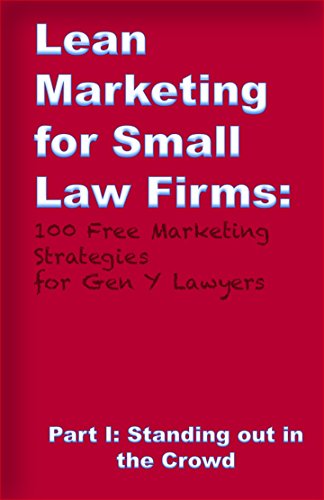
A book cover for Lean Marketing for Small Law Firms: 100 Free Marketing Strategies for Gen Y Lawyers: Part I: Standing Out in the Crowd; Bill  C.H. Bentley Jr.; Law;